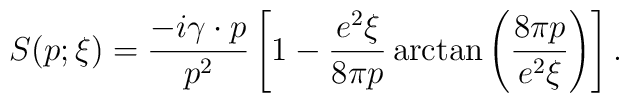
S(p;\xi) = \frac{-i \gamma\cdot p}{p^2}             \left[1 - \frac{e^2\xi}{8\pi p}             \arctan \left(\frac{8\pi p}{e^2\xi}\right) \right].